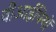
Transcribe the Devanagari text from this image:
वीआईपियों